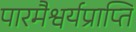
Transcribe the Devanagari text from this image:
पारमैश्वर्यप्राप्ति